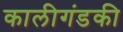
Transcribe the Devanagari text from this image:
कालीगंडकी